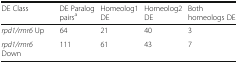
<table><thead><tr><td><b>DE Class</b></td><td><b>DE Paralog pairs<sup>a</sup></b></td><td><b>Homeolog1 DE</b></td><td><b>Homeolog2 DE</b></td><td><b>Both homeologs DE</b></td></tr></thead><tbody><tr><td><i>rpd1/rmr6</i> Up</td><td>64</td><td>21</td><td>40</td><td>3</td></tr><tr><td><i>rpd1/rmr6</i> Down</td><td>111</td><td>61</td><td>43</td><td>7</td></tr></tbody></table>